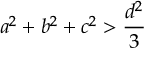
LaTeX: a ^ { 2 } + b ^ { 2 } + c ^ { 2 } > { \frac { d ^ { 2 } } { 3 } }